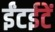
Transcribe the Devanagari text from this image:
ईंटईटें